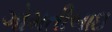
ગોમતીબાઇ